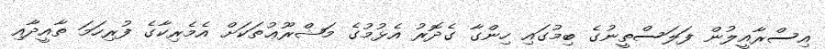
އިސްރާއީލުން ފަލަސްތީނުގެ ބިމުގައި ހިންގާ ގެދޮރު އެޅުމުގެ މަޝްރޫޢުތަކަށް އެމެރިކާގެ ފުރިހަމަ ތާއީދާއި